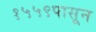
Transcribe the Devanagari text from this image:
१५५९पासून